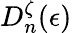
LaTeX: D_{n}^{\zeta}(\epsilon)